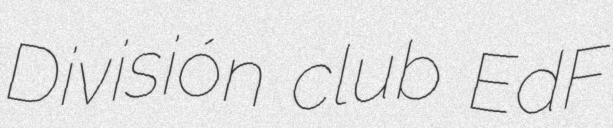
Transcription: División club EdF